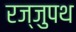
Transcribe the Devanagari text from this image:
रज्जुपथ